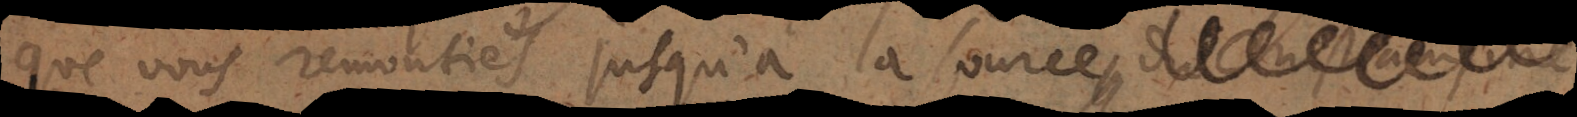
que vous remontiés jusqu’a la source, et